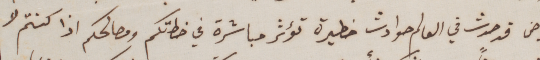
الرياض قد حدث في العالم حوادث خطيرة تؤثر مباشرة في خطتكم ومصالحكم اذا كنتم لا